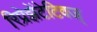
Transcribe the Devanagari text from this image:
रिप्रेझेंटेटिवज्